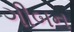
ગીબન